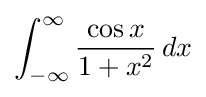
\int _{-\infty }^{\infty }{\frac {\cos x}{1+x^{2}}}\,dx